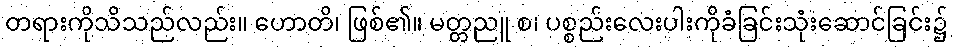
တရားကိုသိသည်လည်း။ ဟောတိ၊ ဖြစ်၏။ မတ္တညူ စ၊ ပစ္စည်းလေးပါးကိုခံခြင်းသုံးဆောင်ခြင်း၌